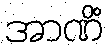
အာဏိံ